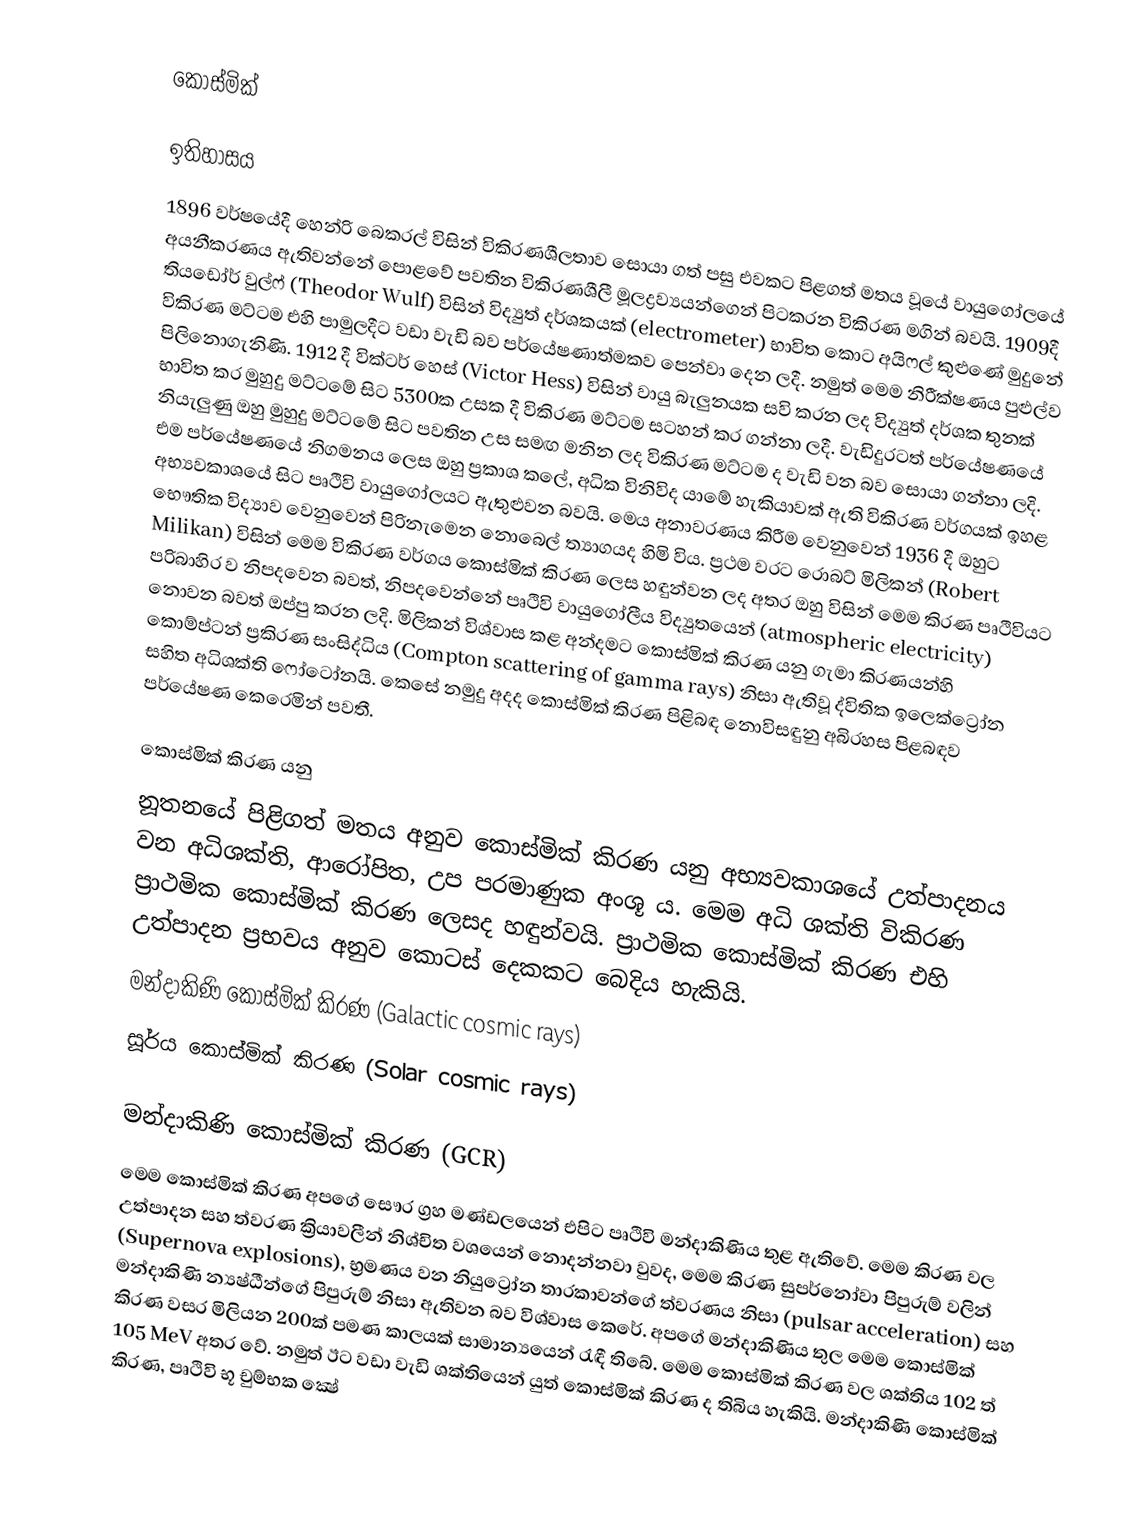
කොස්මික්

ඉතිහාසය
1896 වර්ෂයේදී හෙන්රි බෙකරල් විසින් විකිරණශීලතාව සොයා ගත් පසු එවකට පිළගත් මතය වූයේ වායුගෝලයේ අයනීකරණය ඇතිවන්නේ පොළවේ පවතින විකිරණශීලී මූලද්‍රව්‍යයන්ගෙන් පිටකරන විකිරණ මගින් බවයි. 1909දී තියඩෝර් වුල්ෆ් (Theodor Wulf) විසින් විද්‍යුත් දර්ශකයක් (electrometer) භාවිත කොට අයිෆල් කුළුණේ මුදුනේ විකිරණ මට්ටම එහි පාමුලදීට වඩා වැඩි බව පර්යේෂණාත්මකව පෙන්වා දෙන ලදී. නමුත් මෙම නිරීක්ෂණය පුළුල්ව පිලිනොගැනිණි. 1912 දී වික්ටර් හෙස් (Victor Hess) විසින් වායු බැලුනයක සවි කරන ලද විද්‍යුත් දර්ශක තුනක් භාවිත කර මුහුදු මට්ටමේ සිට 5300ක උසක දී විකිරණ මට්ටම සටහන් කර ගන්නා ලදී. වැඩිදුරටත් පර්යේෂණයේ නියැලුණු ඔහු මුහුදු මට්ටමේ සිට පවතින උස සමඟ මනින ලද විකිරණ මට්ටම ද වැඩි වන බව සොයා ගන්නා ලදි. එම පර්යේෂණයේ නිගමනය ලෙස ඔහු ප්‍රකාශ කලේ, අධික විනිවිද යාමේ හැකියාවක් ඇති විකිරණ වර්ගයක් ඉහළ අභ්‍යවකාශයේ සිට පෘථිවි වායුගෝලයට ඇතුළුවන බවයි. මෙය අනාවරණය කිරීම වෙනුවෙන් 1936 දී ඔහුට භෞතික විද්‍යාව වෙනුවෙන් පිරිනැමෙන නොබෙල් ත්‍යාගයද හිමි විය. ප්‍රථම වරට රොබට් මිලිකන් (Robert Milikan) විසින් මෙම විකිරණ වර්ගය කොස්මික් කිරණ ලෙස හඳුන්වන ලද අතර ඔහු විසින් මෙම කිරණ පෘථිවියට පරිබාහිර ව නිපදවෙන බවත්, නිපදවෙන්නේ පෘථිවි වායුගෝලීය විද්‍යුතයෙන් (atmospheric electricity) නොවන බවත් ඔප්පු කරන ලදි. මිලිකන් විශ්වාස කළ අන්දමට කොස්මික් කිරණ යනු ගැමා කිරණයන්හි කොම්ප්ටන් ප්‍රකිරණ සංසිද්ධිය (Compton scattering of gamma rays) නිසා ඇතිවූ ද්විතික ඉලෙක්ට්‍රෝන සහිත අධිශක්ති ෆෝටෝනයි. කෙසේ නමුදු අදද කොස්මික් කිරණ පිළිබඳ නොවිසඳුනු අබිරහස පිළබඳව පර්යේෂණ කෙරෙමින් පවතී.

කොස්මික් කිරණ යනු
නූතනයේ පිළිගත් මතය අනුව කොස්මික් කිරණ යනු අභ්‍යවකාශයේ උත්පාදනය වන අධිශක්ති, ආරෝපිත, උප පරමාණුක අංශූ ය. මෙම අධි ශක්ති විකිරණ ප්‍රාථමික කොස්මික් කිරණ ලෙසද හඳුන්වයි. ප්‍රාථමික කොස්මික් කිරණ එහි උත්පාදන ප්‍රභවය අනුව කොටස් දෙකකට බෙදිය හැකියි.
 මන්දාකිණි කොස්මික් කිරණ (Galactic cosmic rays)
 සූර්ය කොස්මික් කිරණ (Solar cosmic rays)

මන්දාකිණි කොස්මික් කිරණ (GCR)
මෙම කොස්මික් කිරණ අපගේ සෞර ග්‍රහ මණ්ඩලයෙන් එපිට පෘථිවි මන්දාකිණිය තුළ ඇතිවේ. මෙම කිරණ වල උත්පාදන සහ ත්වරණ ක්‍රියාවලීන් නිශ්චිත වශයෙන් නොදන්නවා වුවද, මෙම කිරණ සුපර්නෝවා පිපුරුම් වලින් (Supernova explosions), භ්‍රමණය වන නියුට්‍රෝන තාරකාවන්ගේ ත්වරණය නිසා (pulsar acceleration) සහ මන්දාකිණි න්‍යෂ්ඨීන්ගේ පිපුරුම් නිසා ඇතිවන බව විශ්වාස කෙරේ. අපගේ මන්දාකිණිය තුල මෙම කොස්මික් කිරණ වසර මිලියන 200ක් පමණ කාලයක් සාමාන්‍යයෙන් රැඳී තිබේ. මෙම කොස්මික් කිරණ වල ශක්තිය 102 ත් 105 MeV අතර වේ. නමුත් ඊට වඩා වැඩි ශක්තියෙන් යුත් කොස්මික් කිරණ ද තිබිය හැකියි. මන්දාකිණි කොස්මික් කිරණ, පෘථිවි භූ චුම්භක ක්‍ෂේ